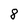
Character: 8